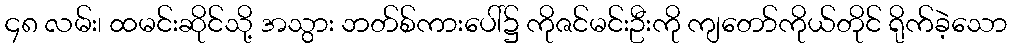
၄၈ လမ်း၊ ထမင်းဆိုင်သို့ အသွား ဘတ်စ်ကားပေါ်၌ ကိုဇင်မင်းဦးကို ကျတော်ကိုယ်တိုင် ရိုက်ခဲ့သော